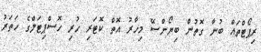
ރިޕޯޓްތައް ބުނާ ގޮތުން ބިޔޯންސޭ މިހާރު އޮތް ކޮޓަރި ހުރި ހޮސްޕިޓަލްގެ ހަތަރު